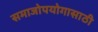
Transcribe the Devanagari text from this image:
समाजोपयोगासाठी